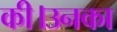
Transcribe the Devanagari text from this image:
की।उनका